Indian journal of veterinary science and animal husbandry - Volumes 22-23, 1952-1953
Year: 1952
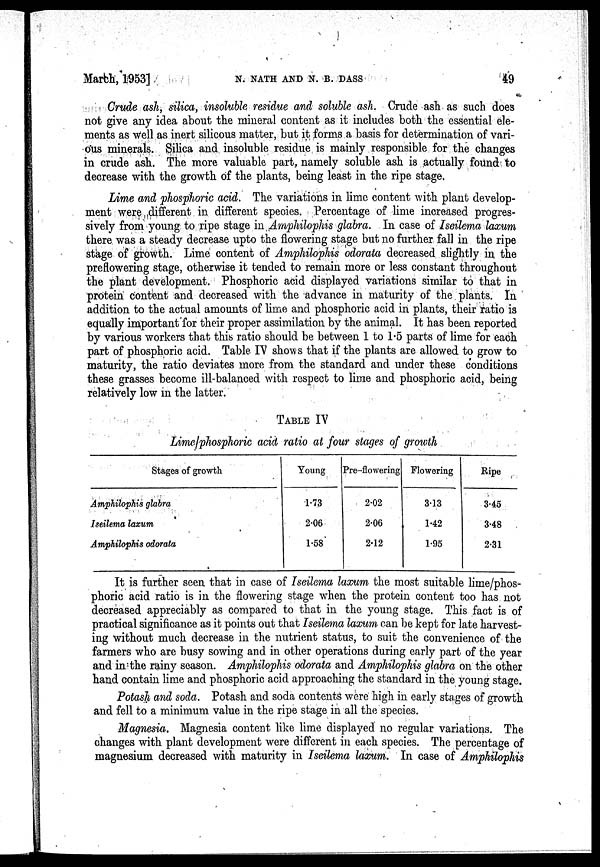
Marbh,
1953]
N. NATH AND N. B. DASS
49
Crude ash, silica, insoluble residue and soluble ash. Crude ash as such does
not give any idea about the mineral content as it includes both the essential ele-
ments as well as inert silicous matter, but it forms a basis for determination of vari-
ous minerals. Silica and, insoluble residue is mainly responsible for the changes
in crude ash. The more valuable part, namely soluble ash is actually found to
decrease with the growth of the plants, being least in the ripe stage.
Lime and phosphoric acid. The variations in lime content with plant develop-
ment were different in different species. Percentage of lime increased progres-
sively from young to ripe stage in Amphilophis glabra. In case of Iseilema laxum
there was a steady decrease upto the flowering stage but no further fall in the ripe
stage of growth. Lime content of Amphilophis odorata decreased slightly in the
preflowering stage, otherwise it tended to remain more or less constant throughout
the plant development. Phosphoric acid displayed variations similar to that in
protein content and decreased with the advance in maturity of the plants. In
addition to the actual amounts of lime and phosphoric acid in plants, their ratio is
equally important for their proper assimilation by the animal. It has been reported
by various workers that this ratio should be between 1 to 1.5 parts of lime for each
part of phosphoric acid. Table IV shows that if the plants are allowed to grow to
maturity, the ratio deviates more from the standard and under these conditions
these grasses become ill-balanced with respect to lime and phosphoric acid, being
relatively low in the latter.
TABLE IV
Lime/phosphoric acid ratio at four stages of growth
Stages of growth
Amphilophis glabra
Iseilema laxum
Amphilophis odorata
Young
1.73
2.06
1.58
Pre-flowering
2.02
2.06
2.12
Flowering
3.13
1.42
1.95
Ripe
3.45
3.48
2.31
It is further seen that in case of Iseilema laxum the most suitable lime/phos-
phoric acid ratio is in the flowering stage when the protein content too has not
decreased appreciably as compared to that in the young stage. This fact is of
practical significance as it points out that Iseilema laxum can be kept for late harvest-
ing without much decrease in the nutrient status, to suit the convenience of the
farmers who are busy sowing and in other operations during early part of the year
and in the rainy season. Amphilophis odorata and Amphilophis glabra on the other
hand contain lime and phosphoric acid approaching the standard in the young stage.
Potash and soda. Potash and soda contents were high in early stages of growth
and fell to a minimum value in the ripe stage in all the species.
Magnesia. Magnesia content like lime displayed no regular variations. The
changes with plant development were different in each species. The percentage of
magnesium decreased with maturity in Iseilema laxum. In case of Amphilophis